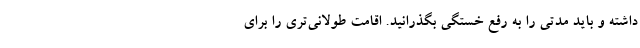
داشته و باید مدتی را به رفع خستگی بگذرانید. اقامت طولانی‌­تری را برای